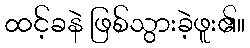
ထင့်ခနဲ ဖြစ်သွားခဲ့ဖူး၏။